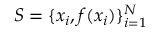
{ \cal { S } } = \{ x _ { i } , f ( x _ { i } ) \} _ { i = 1 } ^ { N }